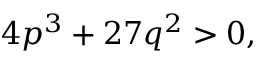
4 p ^ { 3 } + 2 7 q ^ { 2 } > 0 ,